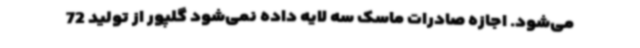
می‌شود. اجازه صادرات ماسک سه لایه داده نمی‌شود گلپور از تولید 72